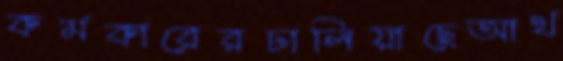
কর্মকারেরঢালিয়াছেআর্থ